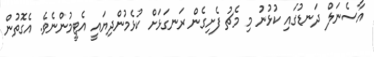
އާސެނަލް ދަނޑުގައި ކުޅުނު މި މެޗު ފެށިގެން ރަނގަޅަށް ކުޅެމުންދިޔައީ އެޓީމުންނެވެ. އެގޮތުން